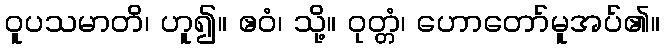
ဝူပသမာတိ၊ ဟူ၍။ ဧဝံ၊ သို့။ ဝုတ္တံ၊ ဟောတော်မူအပ်၏။